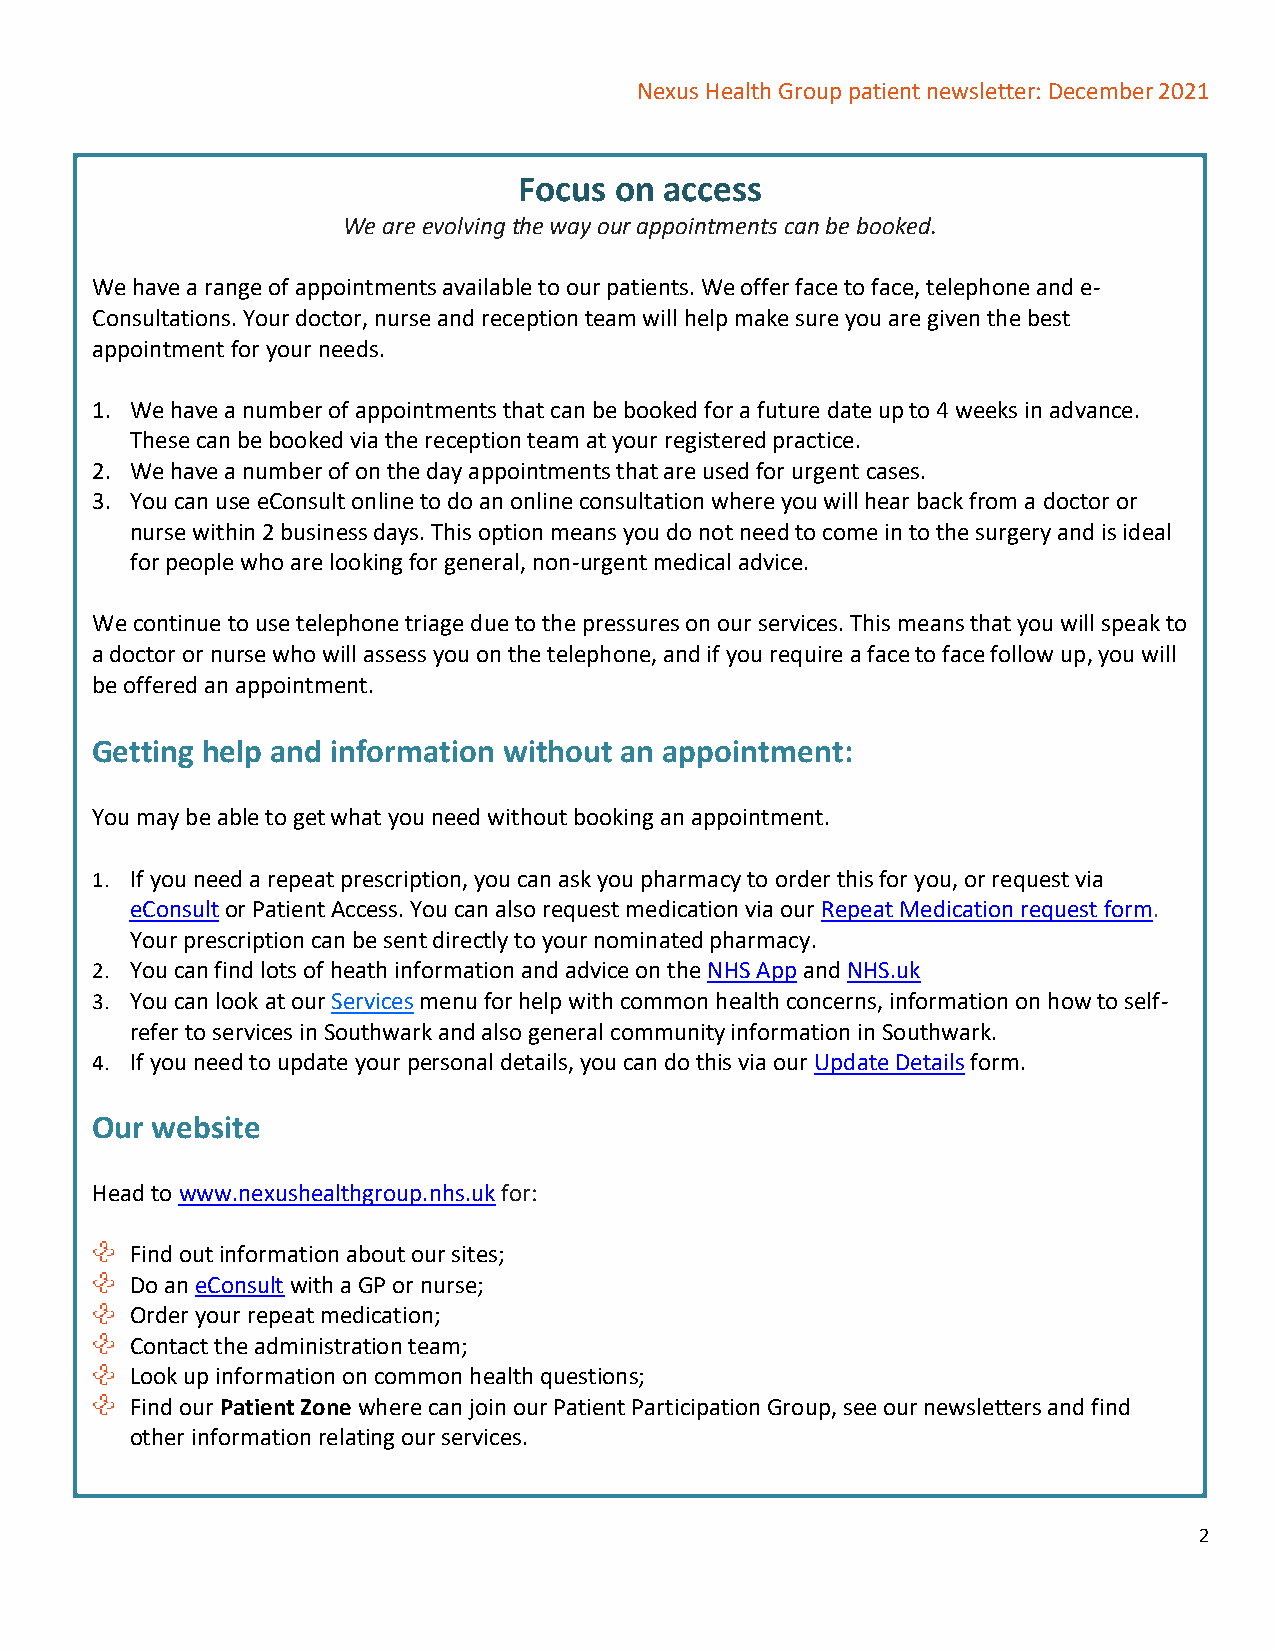
Nexus Health Group patient newsletter: December 2021
 Focus  on access
 We are evolving the way our appointments can be booked.
 We have a range of appointments available to our patients. We offer face to face, telephone and e-
 Consultations. Your doctor, nurse and reception team will help make sure you are given the best
 appointment for your needs.
 1. We have a number of appointments that can be booked for a future date up to 4 weeks in advance.
 These can be booked via the reception team at your registered practice.
 2. We have a number of on the day appointments that are used for urgent cases.
 3. You can use eConsult online to do an online consultation where you will hear back from a doctor or
 nurse within 2 business days. This option means you do not need to come in to the surgery and is ideal
 for people who are looking for general, non-urgent medical advice.
 We continue to use telephone triage due to the pressures on our services. This means that you will speak to
 a doctor or nurse who will assess you on the telephone, and if you require a face to face follow up, you will
 be offered an appointment.
 Getting help and information without an appointment:
 You may be able to get what you need without booking an appointment.
 1. If you need a repeat prescription, you can ask you pharmacy to order this for you, or request via
 eConsult or Patient Access. You can also request medication via our Repeat Medication request form.
 Your prescription can be sent directly to your nominated pharmacy.
 2. You can find lots of heath information and advice on the NHS App and NHS.uk
 3. You can look at our Services menu for help with common health concerns, information on how to self-
 refer to services in Southwark and also general community information in Southwark.
 4. If you need to update your personal details, you can do this via our Update Details form.
 Our website
 Head to www.nexushealthgroup.nhs.uk for:
 Find out information about our sites;
 Do an eConsult with a GP or nurse;
 Order your repeat medication;
 Contact the administration team;
 Look up information on common health questions;
 Find our Patient Zone where can join our Patient Participation Group, see our newsletters and find
 other information relating our services.
 2